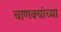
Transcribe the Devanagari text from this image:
चाणक्यांच्या